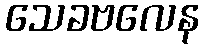
သေခဗလေန